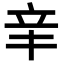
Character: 𨐌